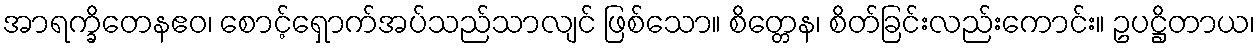
အာရက္ခိတေနဧဝ၊ စောင့်ရှောက်အပ်သည်သာလျင် ဖြစ်သော။ စိတ္တေန၊ စိတ်ခြင်းလည်းကောင်း။ ဥပဋ္ဌိတာယ၊